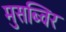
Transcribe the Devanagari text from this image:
मुसब्विर